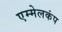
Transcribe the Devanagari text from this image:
एम्मेलकंप